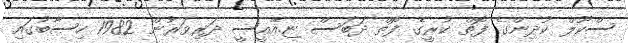
ސްކޫލް ކުދިންގެ ފޮތް ކުރީގެ ފޮތް ދަބަސް ޏ.އޭއީސީ ދަރިވަރުން 1982 ހިސާބުގައި